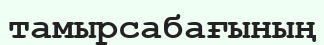
тамырсабағының